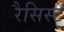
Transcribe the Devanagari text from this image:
रैसिस्ट